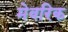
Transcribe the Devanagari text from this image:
मेवरिक